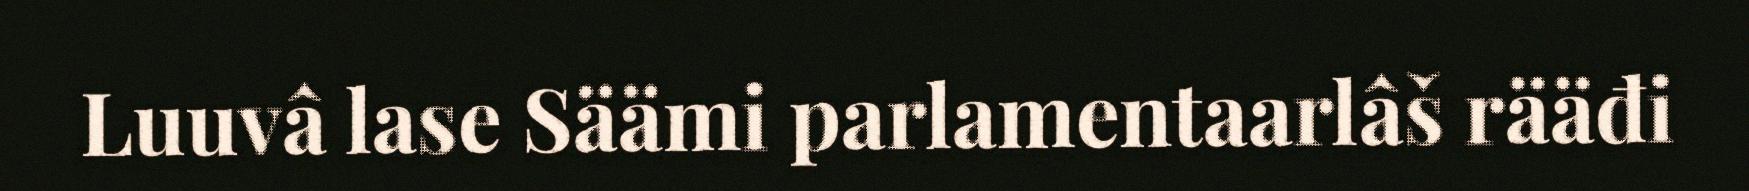
Luuvâ lase Säämi parlamentaarlâš rääđi